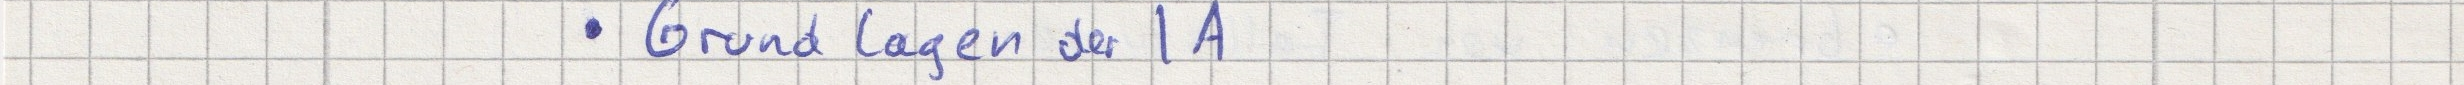
- Grundlagen der IA